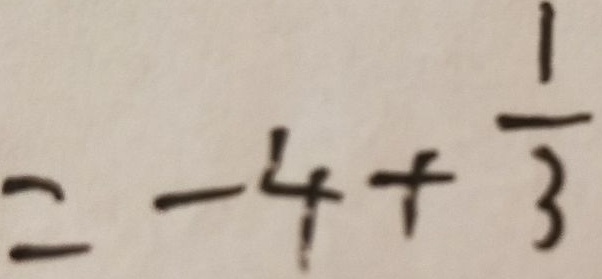
= - 4 + \frac { 1 } { 3 }